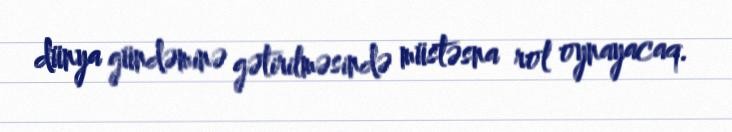
dünya gündəminə gətirilməsində müstəsna rol oynayacaq.